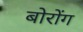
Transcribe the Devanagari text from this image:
बोरोंग